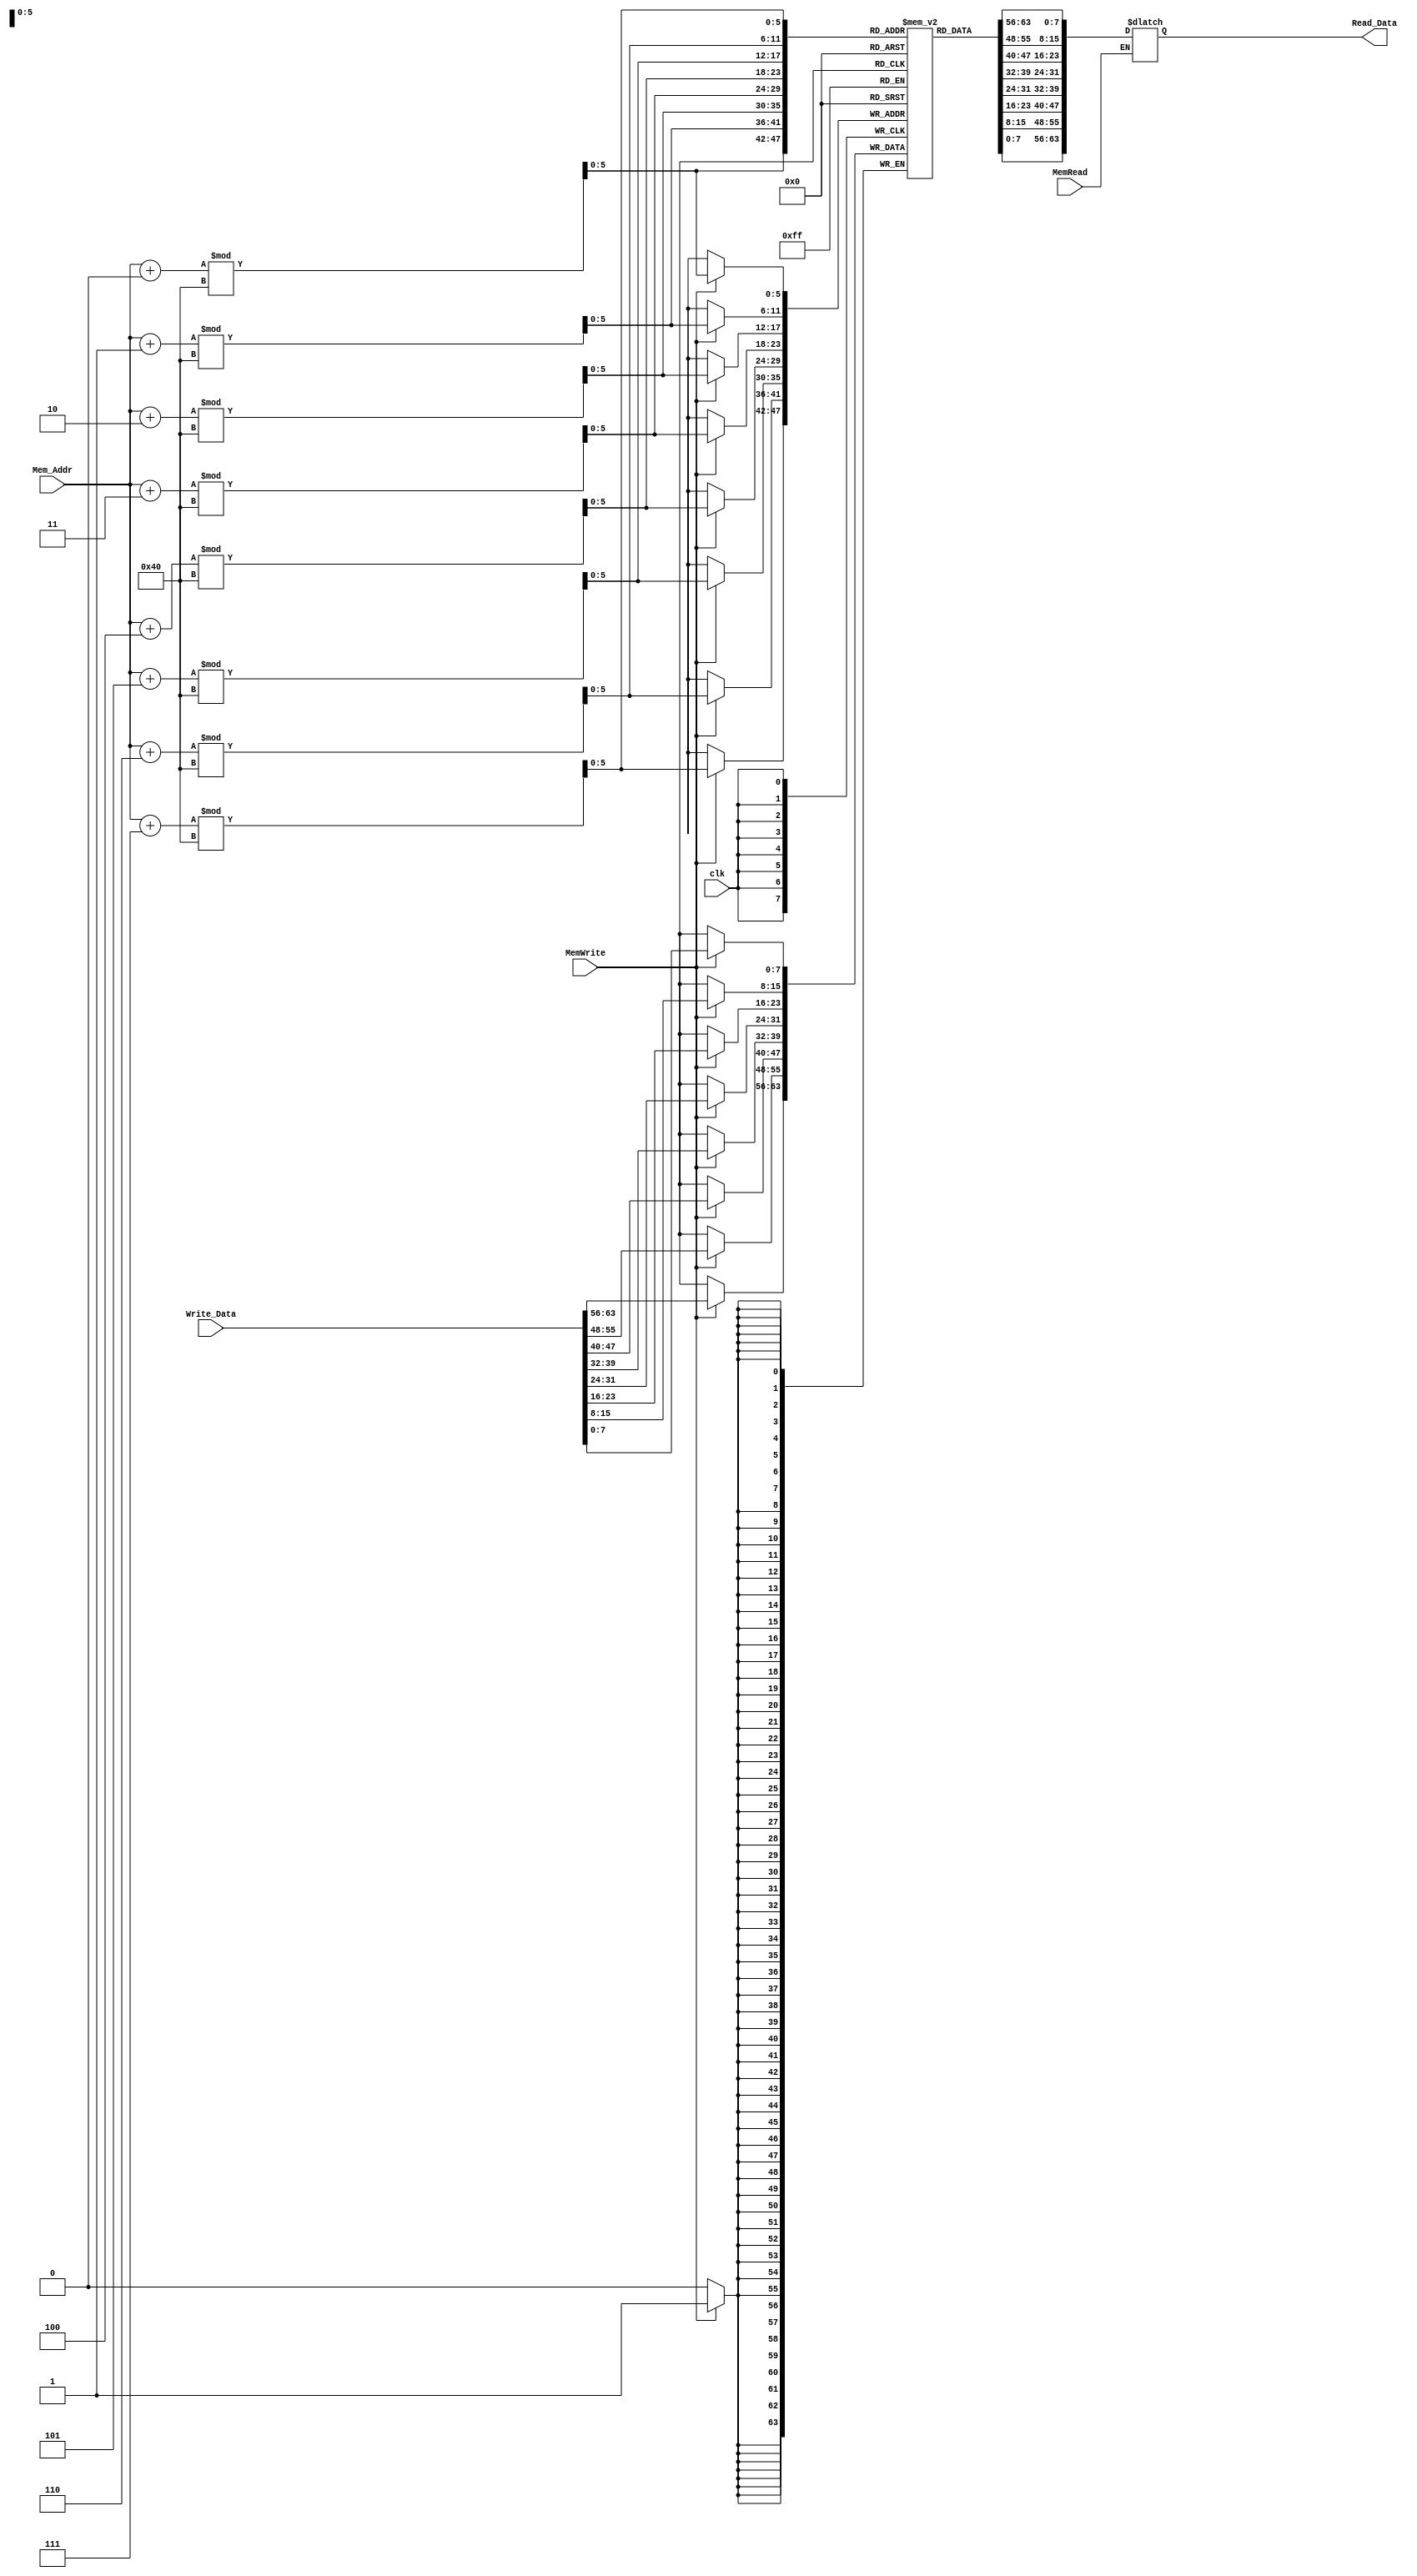
module Data_Memory
(
  input [63:0] Write_Data,
  input clk, MemWrite, MemRead,
  input [63:0] Mem_Addr,
  output reg [63:0] Read_Data
);

  reg [7:0] DataMemory [63:0];

//randomized generated script of values for DataMemory
initial
begin
DataMemory[0] = 8'd0;
DataMemory[1] = 8'd1;
DataMemory[2] = 8'd2;
DataMemory[3] = 8'd3;
DataMemory[4] = 8'd4;
DataMemory[5] = 8'd5;
DataMemory[6] = 8'd6;
DataMemory[7] = 8'd7;
DataMemory[8] = 8'd8;
DataMemory[9] = 8'd9;
DataMemory[10] = 8'd10;
DataMemory[11] = 8'd11;
DataMemory[12] = 8'd12;
DataMemory[13] = 8'd13;
DataMemory[14] = 8'd14;
DataMemory[15] = 8'd15;
DataMemory[16] = 8'd16;
DataMemory[17] = 8'd17;
DataMemory[18] = 8'd18;
DataMemory[19] = 8'd19;
DataMemory[20] = 8'd20;
DataMemory[21] = 8'd21;
DataMemory[22] = 8'd22;
DataMemory[23] = 8'd23;
DataMemory[24] = 8'd24;
DataMemory[25] = 8'd25;
DataMemory[26] = 8'd26;
DataMemory[27] = 8'd27;
DataMemory[28] = 8'd28;
DataMemory[29] = 8'd29;
DataMemory[30] = 8'd30;
DataMemory[31] = 8'd31;
DataMemory[32] = 8'd32;
DataMemory[33] = 8'd33;
DataMemory[34] = 8'd34;
DataMemory[35] = 8'd35;
DataMemory[36] = 8'd36;
DataMemory[37] = 8'd37;
DataMemory[38] = 8'd38;
DataMemory[39] = 8'd39;
DataMemory[40] = 8'd40;
DataMemory[41] = 8'd41;
DataMemory[42] = 8'd42;
DataMemory[43] = 8'd43;
DataMemory[44] = 8'd44;
DataMemory[45] = 8'd45;
DataMemory[46] = 8'd46;
DataMemory[47] = 8'd47;
DataMemory[48] = 8'd48;
DataMemory[49] = 8'd49;
DataMemory[50] = 8'd50;
DataMemory[51] = 8'd51;
DataMemory[52] = 8'd52;
DataMemory[53] = 8'd53;
DataMemory[54] = 8'd54;
DataMemory[55] = 8'd55;
DataMemory[56] = 8'd56;
DataMemory[57] = 8'd57;
DataMemory[58] = 8'd58;
DataMemory[59] = 8'd59;
DataMemory[60] = 8'd60;
DataMemory[61] = 8'd61;
DataMemory[62] = 8'd62;
DataMemory[63] = 8'd63;
end

always @ (Mem_Addr)
begin
  if (MemRead)
	begin
  Read_Data[7:0] = DataMemory[(Mem_Addr+0) %64];
  Read_Data[15:8] = DataMemory[(Mem_Addr+1) %64];
  Read_Data[23:16] = DataMemory[(Mem_Addr+2) %64];
  Read_Data[31:24] = DataMemory[(Mem_Addr+3) %64];
  Read_Data[39:32] = DataMemory[(Mem_Addr+4) %64];
  Read_Data[47:40] = DataMemory[(Mem_Addr+5) %64];
  Read_Data[55:48] = DataMemory[(Mem_Addr+6) %64];
  Read_Data[63:56] = DataMemory[(Mem_Addr+7) %64];
	end
end

always @ (posedge clk)
begin
  if (MemWrite == 1)
    begin
      DataMemory[(Mem_Addr+0) %64] = Write_Data[7:0];
      DataMemory[(Mem_Addr+1) %64] = Write_Data[15:8];
      DataMemory[(Mem_Addr+2) %64] = Write_Data[23:16];
      DataMemory[(Mem_Addr+3) %64] = Write_Data[31:24];
      DataMemory[(Mem_Addr+4) %64] = Write_Data[39:32];
      DataMemory[(Mem_Addr+5) %64] = Write_Data[47:40];
      DataMemory[(Mem_Addr+6) %64] = Write_Data[55:48];
      DataMemory[(Mem_Addr+7) %64] = Write_Data[63:56];
    end
end

endmodule